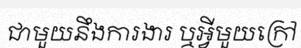
ជាមួយនឹងការងារ ឬអ្វីមួយក្រៅ